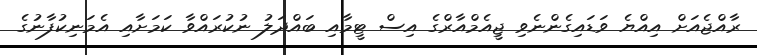
ރާއްޖެއަށް އިއްޔެ ވަޑައިގެންނެވި ޖީއެމްއާރްގެ އިސް ޓީމާއި ބައްދަލު ނުކުރައްވާ ކަމަށާއި އެމަނިކުފާނުގެ